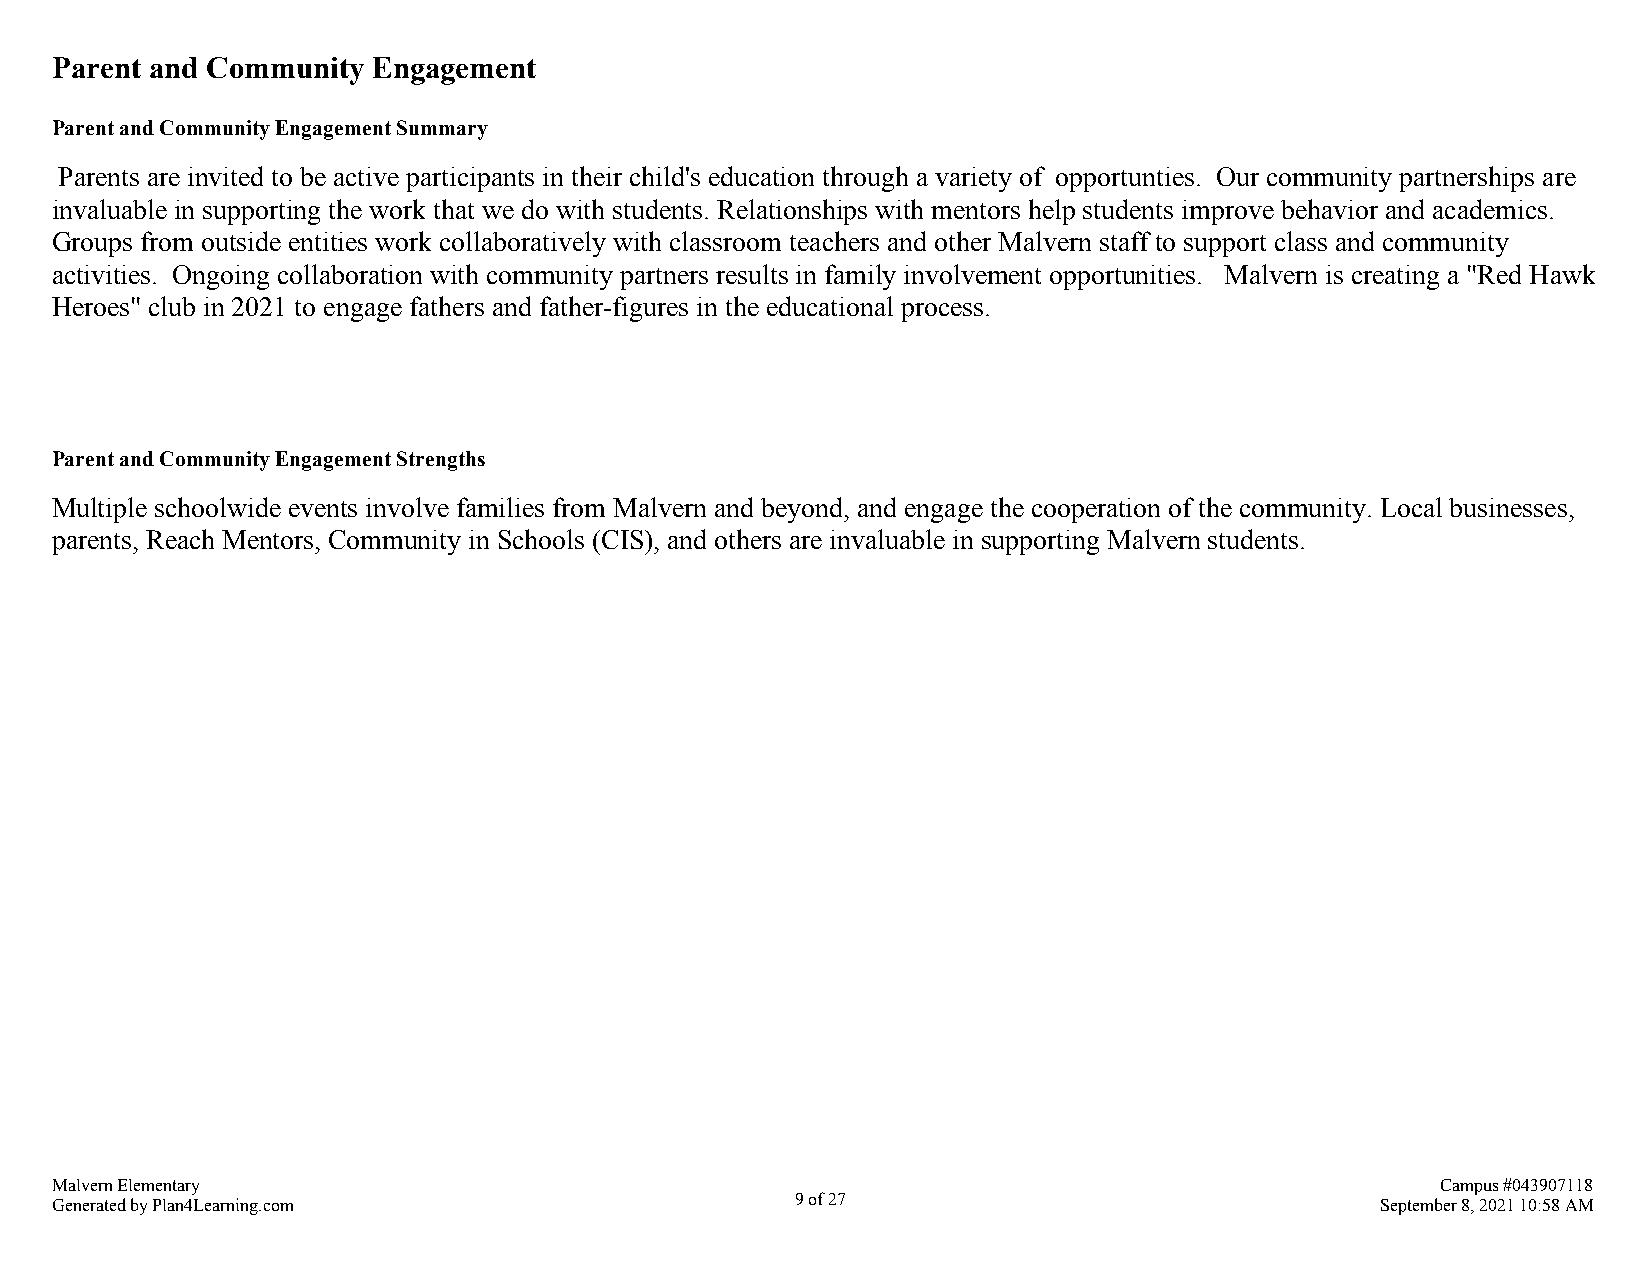
Parent and Community  Engagement
 Parent and Community Engagement Summary
 Parents are invited to be active participants in their child's education through a variety of opportunties. Our community partnerships are
 invaluable in supporting the work that we do with students. Relationships with mentors help students improve behavior and academics.
 Groups from outside entities work collaboratively with classroom teachers and other Malvern staff to support class and community
 activities. Ongoing collaboration with community partners results in family involvement opportunities. Malvern is creating a "Red Hawk
 Heroes" club in 2021 to engage fathers and father-figures in the educational process.
 Parent and Community Engagement Strengths
 Multiple schoolwide events involve families from Malvern and beyond, and engage the cooperation of the community. Local businesses,
 parents, Reach Mentors, Community in Schools (CIS), and others are invaluable in supporting Malvern students.
 Malvern Elementary                                                                          Campus #043907118
 Generated by Plan4Learning.com                    9 of 27                               September 8, 2021 10:58 AM